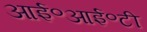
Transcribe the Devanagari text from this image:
आई॰आई॰टी